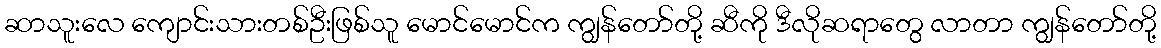
ဆာသူးလေ ကျောင်းသားတစ်ဦးဖြစ်သူ မောင်မောင်က ကျွန်တော်တို့ ဆီကို ဒီလိုဆရာတွေ လာတာ ကျွန်တော်တို့